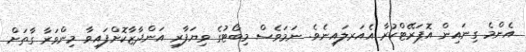
އެންމެ ގިނައިން އޮޕަރޭޓްކުރާ އެއަރލައިނެވެ. ނަމަވެސް މިބޯޓުގެ ވިޔަފާރި އަންދާޒާކޮށްފައިވާ މިންވަރާ ގާތަށް